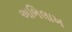
અભિલાખ